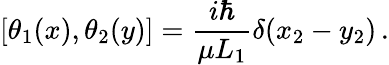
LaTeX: [\theta_{1}(x),\theta_{2}(y)]={\frac{i\hbar}{\mu L_{1}}}\delta(x_{2}-y_{2})\, .